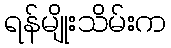
ရန်မျိုးသိမ်းက